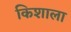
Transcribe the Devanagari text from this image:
किशाला